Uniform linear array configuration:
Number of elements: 64
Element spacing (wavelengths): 0.25
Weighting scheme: kaiser
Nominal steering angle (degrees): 0
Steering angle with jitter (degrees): -1.98
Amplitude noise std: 0.05
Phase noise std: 0.05

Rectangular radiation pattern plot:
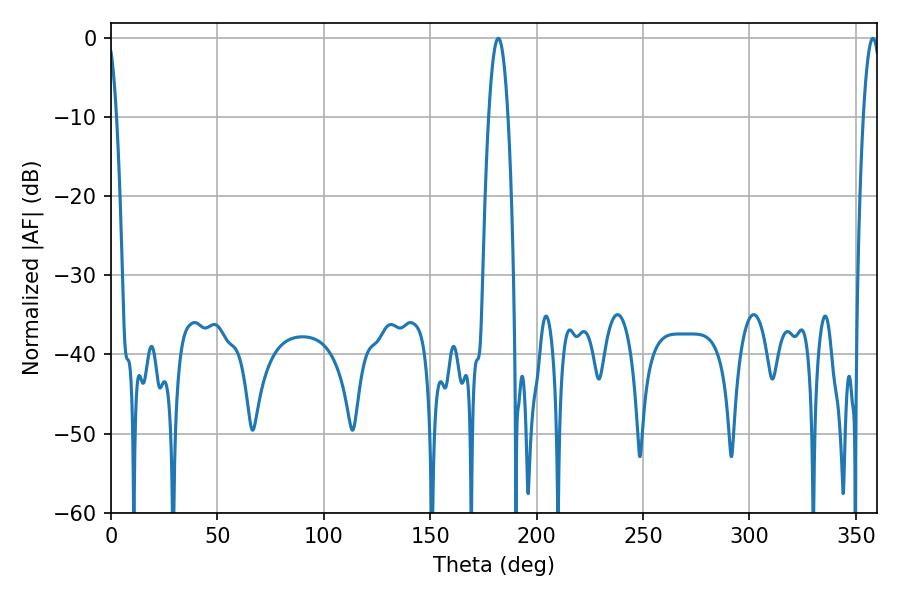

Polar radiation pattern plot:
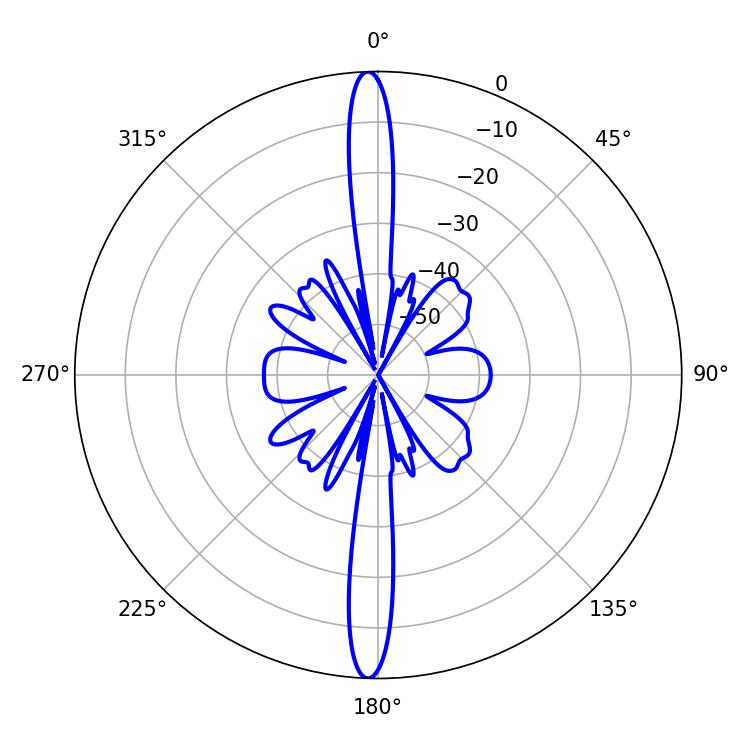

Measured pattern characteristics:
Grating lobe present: FALSE
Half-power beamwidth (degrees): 5.04
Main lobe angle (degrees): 181.98